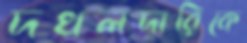
দখলদারিকে